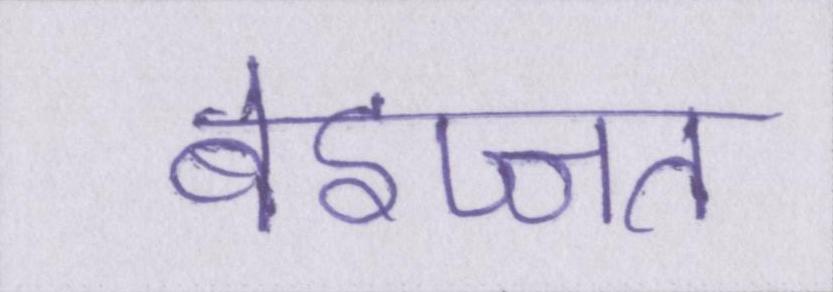
बेइज्जत